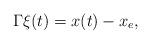
LaTeX: \begin{align*}\Gamma\xi(t) = x(t)-x_e,\end{align*}